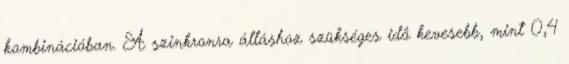
kombinációban. A szinkronra álláshoz szükséges idô kevesebb, mint 0,4